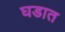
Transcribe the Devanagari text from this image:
घडात